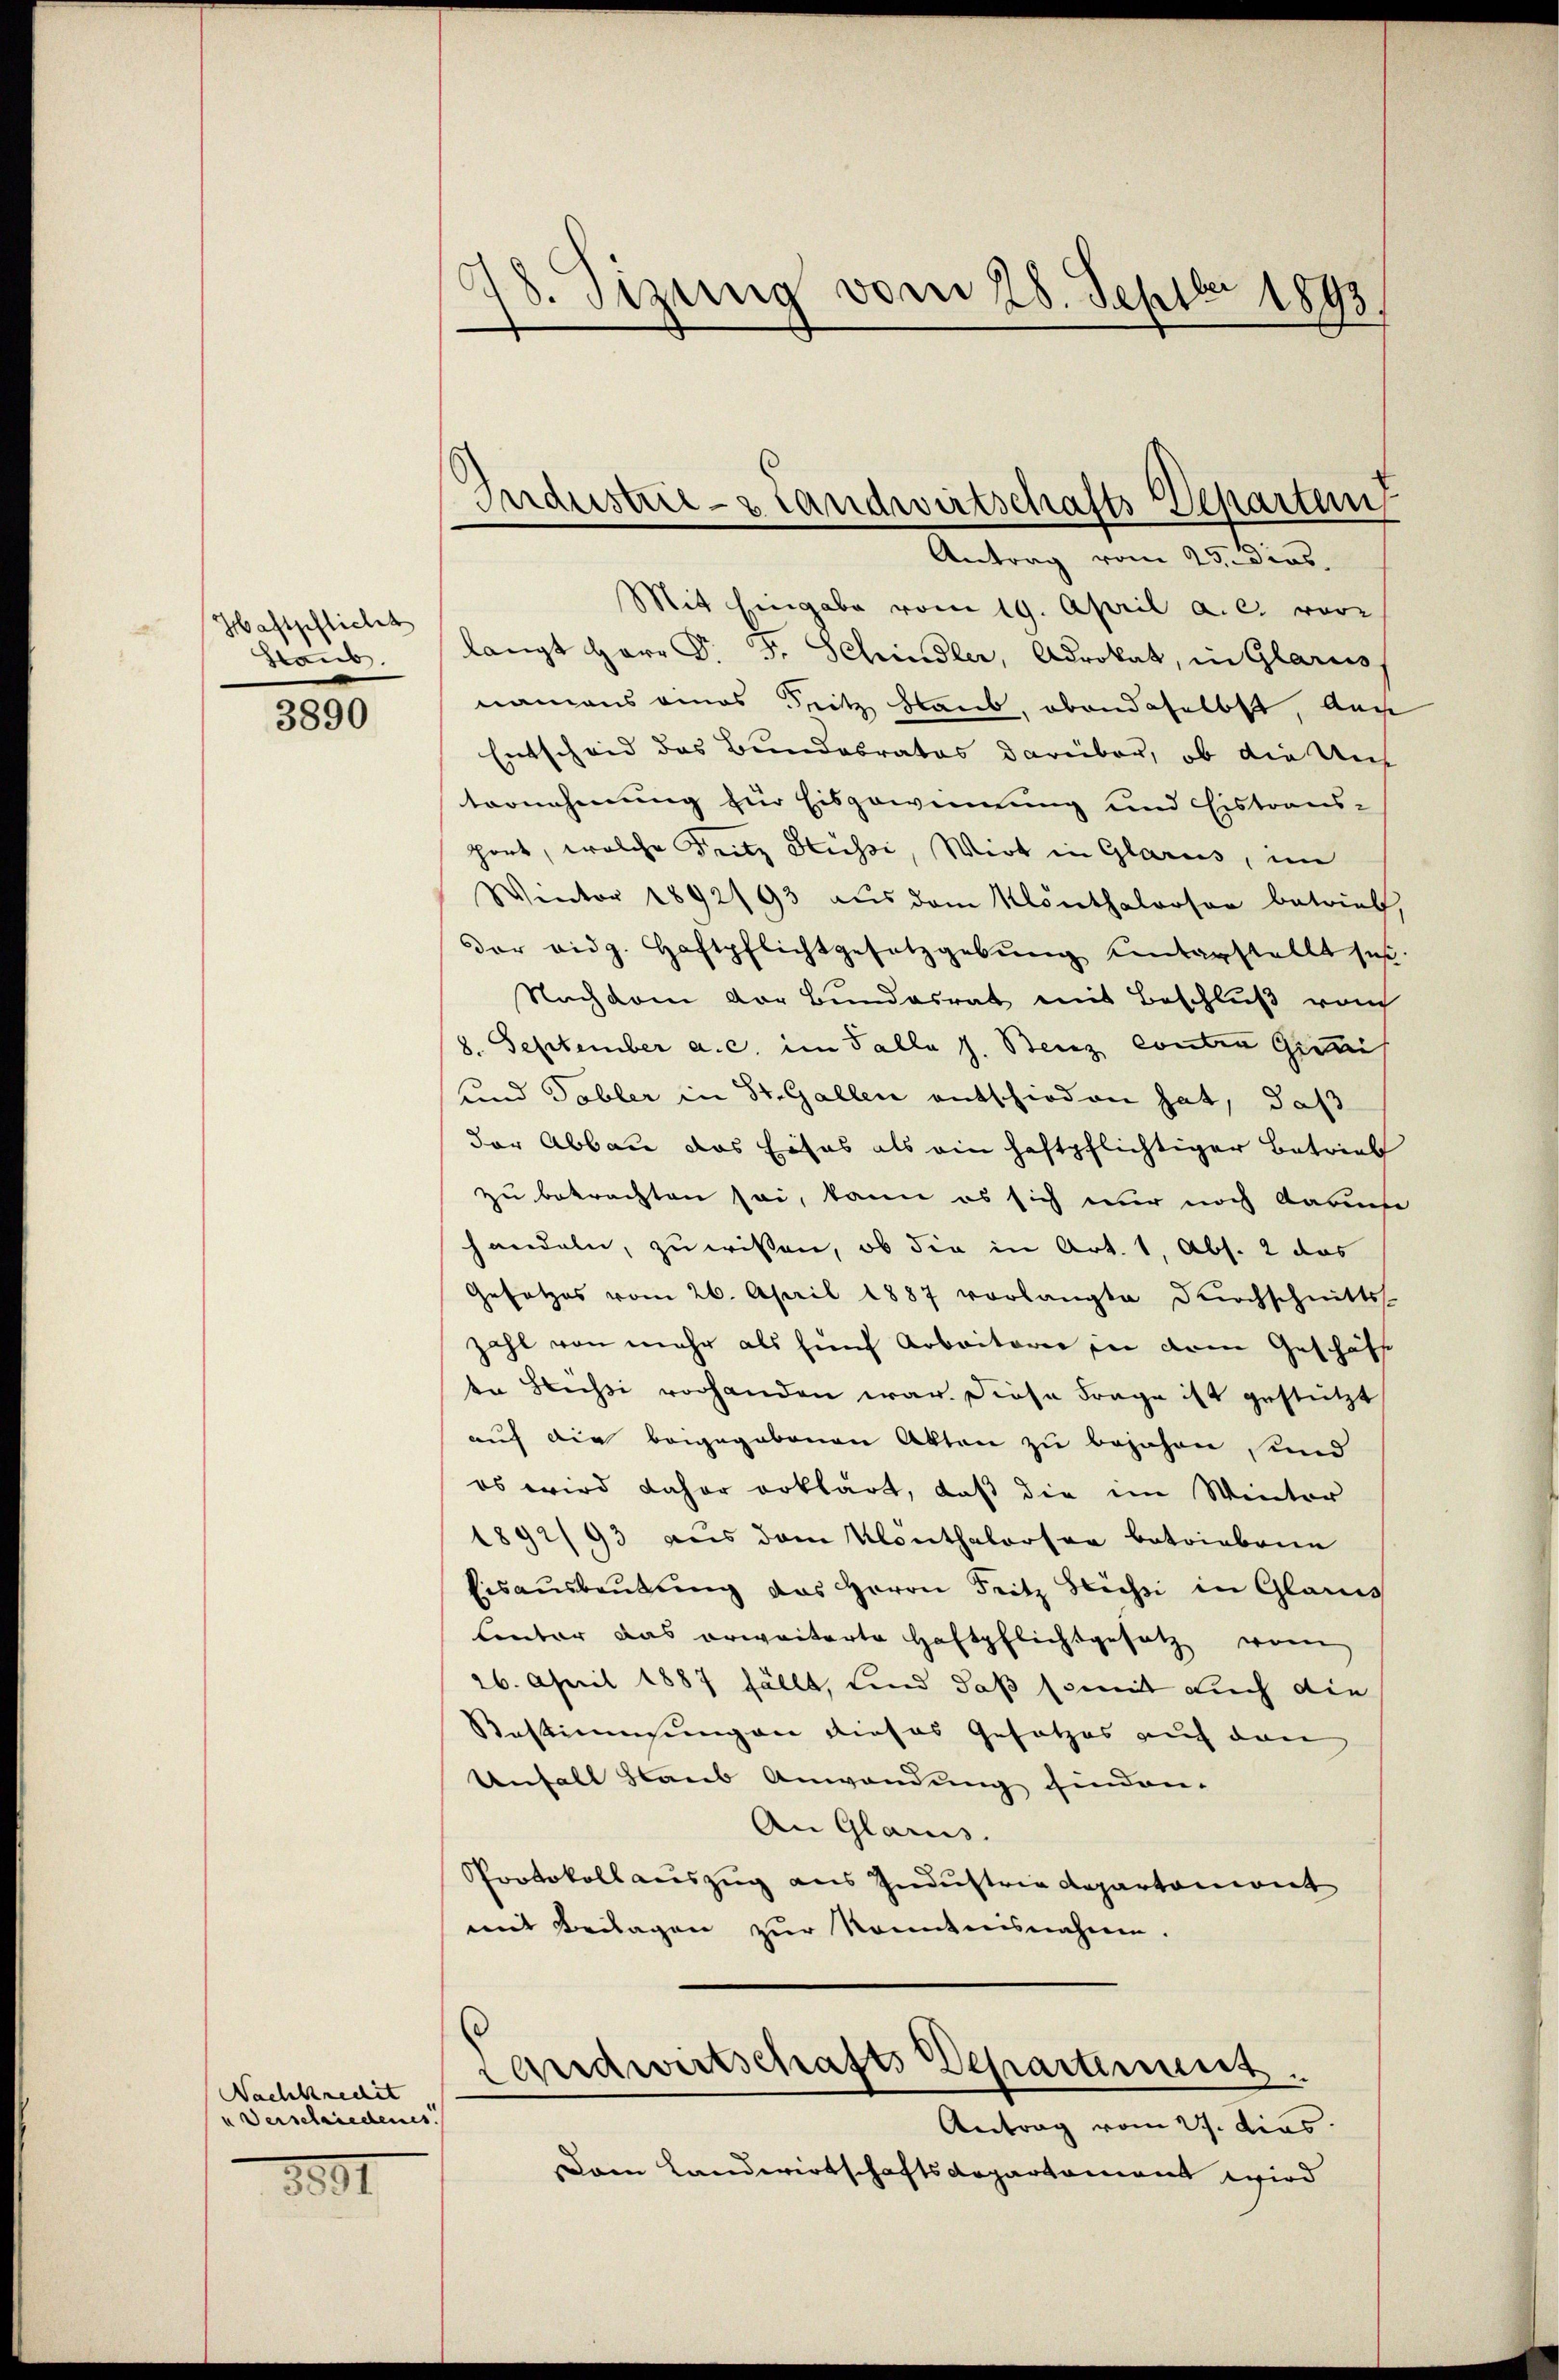
Haftpflicht
Staub.

3890

Nachkredit
Verschiedenes

8891

98. Sizung vom 28. Septbr 1893

Industrie- & Landwirtschafts-Departen
Antrag vom 25. dies

Mit Eingabe vom 19. April a. c. vor
langt Herr P. F. Schindler, Advokat, in Glarus,
namens eines Seitz Glaub, obendaselbst, das
Entscheid des Bundebrates darüber, ob die Unt
tornehmung zur Eisgewinnung und Eistraus-
hört, welche Fritz Hüssi, Wirt in Glarus, im
Wentor 1892/93 aŭs dem Monthalerson betrieb,
der eidg. Haftpflichtgesetzgebŭng einterstellt sei.
Nachdem Dor Bundesrat mit Beschluß vom
8. September a. c. im Falle s. Benz conten Geleh
und Tabler in St. Gallen entschieden hat, daß
der Abbau das Eises als ein haftpflichtiger Betrieb
zu betrachten sei, kann es sich nur noch darn
handeln, zu wissen, ob die in Art. 1, Abs. 2 das
Gesetzes vom 26. April 1887 vorlangte dŭrchschnitts-
zahl von mehr als fünf Arbeiterer in deren Geschäfte
en Büchi vorhanden war. Diese Frage ist gestützt
auf die beigegebenen Akten zu bejahen, und
es wird daher erklärt, daß die im Winter
1892/93 aus dem Klönthalersee betriebene
Eisausbeutung das Herrn Fritz Stichi in Glanis
Unter das erweiterte Haftpflichtgesetz von
26. April 1887 fällt, und daß somit auch die
Bestimmungen dieses Gesetzes auf den
Unfall glaub Anwendung finden.
An Glarus.
Protokoll auszug aus Industrie Departemont
mit Beilagen zur konntensnahme.

Landwirtschafts Departement.
Antrag vom 27. dies

Dem Landwirtschaftsdepartement wird